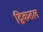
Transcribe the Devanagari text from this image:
द्विकतल